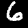
Label: 6